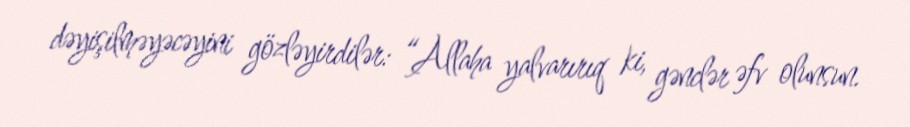
dəyişilməyəcəyini gözləyirdilər: “Allaha yalvarırıq ki, gənclər əfv olunsun.